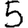
Digit: 5